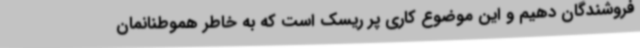
فروشندگان دهیم و این موضوع کاری پر ریسک است که به خاطر هموطنانمان